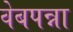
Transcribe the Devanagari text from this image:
वेबपन्ना